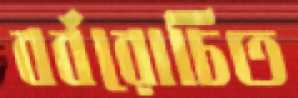
বর্বরোচিত